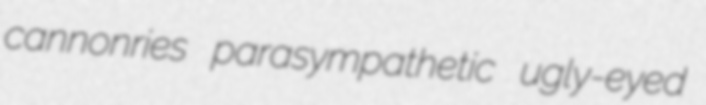
cannonries parasympathetic ugly-eyed